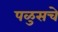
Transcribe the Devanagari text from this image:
पळुसचे